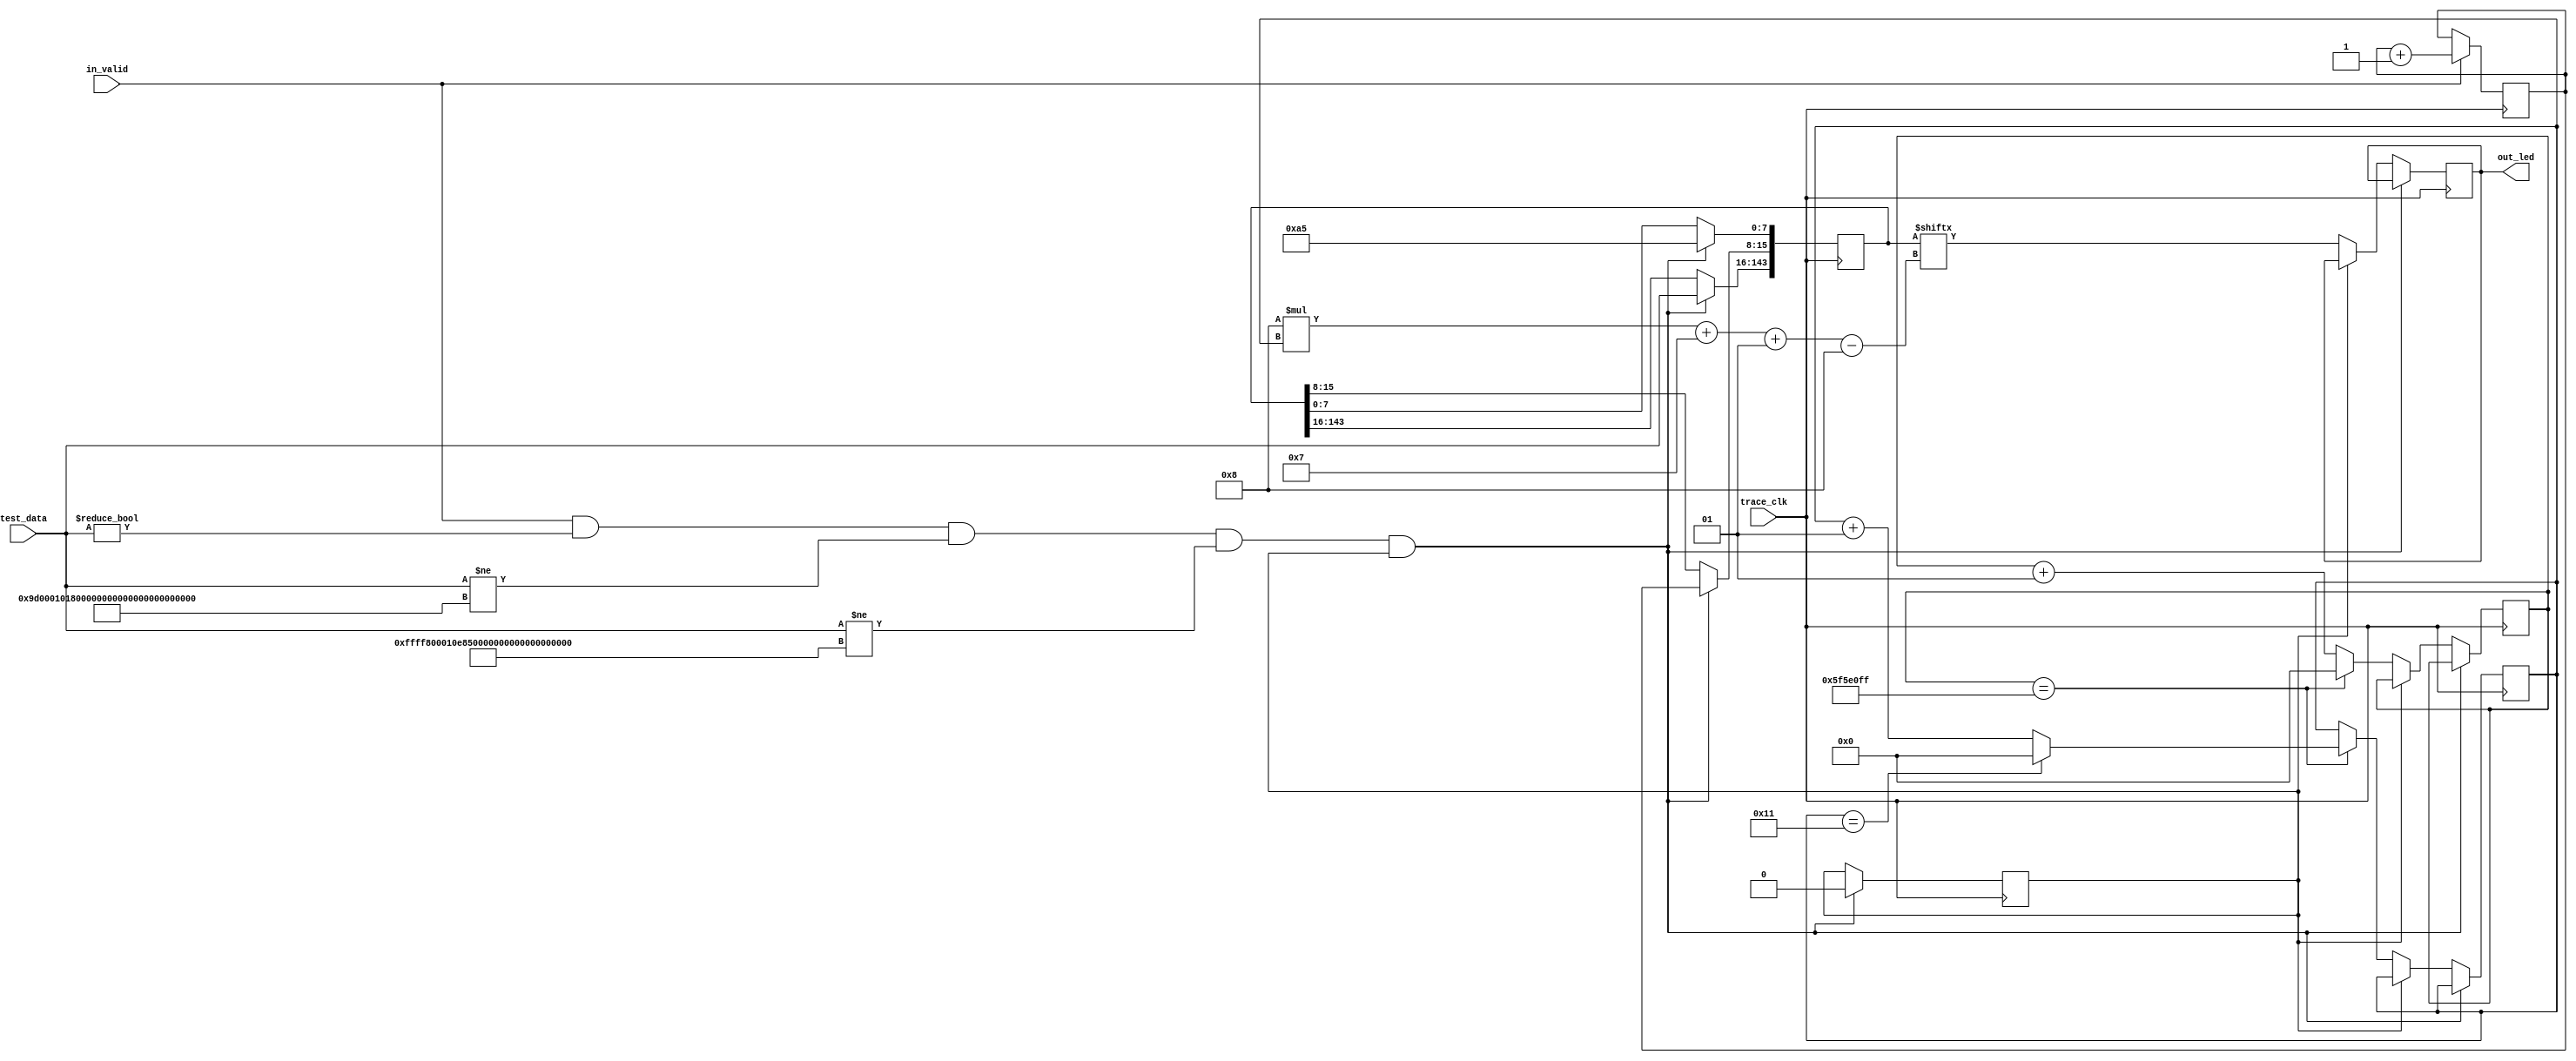
module L1_led_dump #(
        parameter DATA_WIDTH = 128,
        parameter BLINK_CYCLE = 100_000_000
    )(
        input trace_clk,
//        input remake,
        input[DATA_WIDTH-1:0] test_data,
//        input[3:0] in_cnt,
        input in_valid,
        output[7:0] out_led
    );
    

    reg[DATA_WIDTH+8+8-1:0] data;
    reg flag = 1'b1;
//    reg mask = 1'b0;
    reg[7:0] led = 8'b0;
    reg[7:0] valid_count = 8'b0;
    integer count = 0;
    integer cycle = 0;
//    integer maskcount = 0;
    always @ (posedge trace_clk) begin
//        if(mask=='b1)begin
//            if(maskcount==BLINK_CYCLE-1)begin
//                maskcount <= 'b0;
//                mask <= 'b0;
//            end
//            else maskcount <= maskcount + 1;
//        end
        
//        if(remake=='b1&&mask=='b0)begin
//            flag <='b1;
//            mask <= 'b1;
//            data <= 'b0;
//            led <= 'b0;
//        end
//        else 
        if(in_valid) valid_count <= valid_count + 1'b1;
        if(in_valid
        &&test_data!='b0
        &&test_data!='h9d00_0101_8000_0000_0000_0000_0000_0000
        &&test_data!='hffff_8000_10e8_4f68_9d00_0101_8000_0000
//        &&test_data!='h0000_0000_0000_0000_ffff_8000_10e8_4f68
//        &&test_data!='h0010_0000_0000_0000_ffff_8000_10e8_4f68
//        &&test_data!='h0000_0000_0000_0000_ffff_8000_100a_2976
//        &&test_data!='h00_0101_8000_0000_0000_0000_0000_0000
//        &&test_data!='hab_7f71_8504_0000_0000_0000_0000_9d00
//        &&test_data!='hff_8000_10ad_1e7a_9dfc_31ff_ff80_0010
        &&flag) begin
            data[DATA_WIDTH+8+8-1:16] <= test_data;
            data[7:0] <= 'b10100101;
            data[15:8] <= valid_count;
//            led[3:0] <= in_cnt;
//            led[7:4] <= 'b0;
//            if(test_data[DATA_WIDTH/8-1:0]!='b10011101) led[0:0] <= 1'b1;
//            if(test_data[DATA_WIDTH/8*2-1:DATA_WIDTH/8]!='b0) led[1:1] <= 1'b1;
//            if(test_data[DATA_WIDTH/8*3-1:DATA_WIDTH/8*2]!='b0) led[2:2] <= 1'b1;
//            if(test_data[DATA_WIDTH/8*4-1:DATA_WIDTH/8*3]!='b0) led[3:3] <= 1'b1;
//            if(test_data[DATA_WIDTH/8*5-1:DATA_WIDTH/8*4]!='b100_00000000_0000) led[4:4] <= 1'b1;
//            if(test_data[DATA_WIDTH/8*6-1:DATA_WIDTH/8*5]!='b1_10000101_00000) led[5:5] <= 1'b1;
//            if(test_data[DATA_WIDTH/8*7-1:DATA_WIDTH/8*6]!='b1_01111111_011100) led[6:6] <= 1'b1;
//            if(test_data[DATA_WIDTH-1:DATA_WIDTH/8*7]!='b1010101) led[7:7] <= 1'b1;
            flag <= 1'b0;
        end
        else if(!flag)begin
            led <= data[8*cycle+7 -: 8];
            if(count == BLINK_CYCLE - 1) begin
                count <= 0;
                if(cycle == (DATA_WIDTH+8+8)/8-1) cycle <= 0;
                else cycle <= cycle + 1;
            end
            else count = count + 1;
        end
    end
    assign out_led = led;
endmodule